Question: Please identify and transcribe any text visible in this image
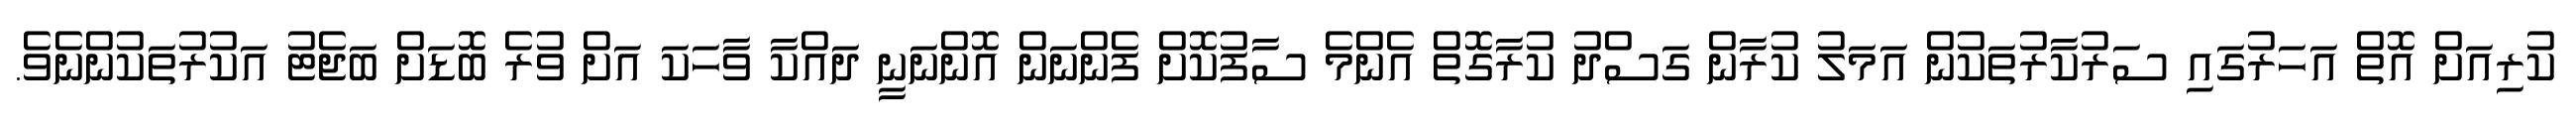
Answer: ކުރިއަށް އޮތް އަހަރުގައި ސަރުކާރުތަކުން އަމަލު ކުރާން ގަސްދު ކުރާގޮތް އެންމެ ސާފުކޮށް ފެންނަން އޮންނަނީ ދައްކާ ވާހަކަ އަށް ވުރެ ބޮޑަށް ބަޖެޓު އަކުރުތަކުންނެވެ.